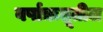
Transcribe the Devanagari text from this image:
वर्षाऋतूतील